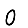
Digit: 0